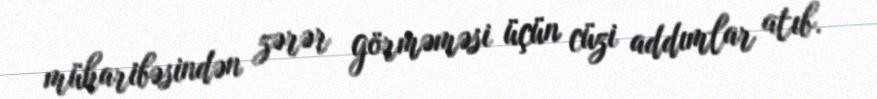
müharibəsindən zərər görməməsi üçün cüzi addımlar atıb.